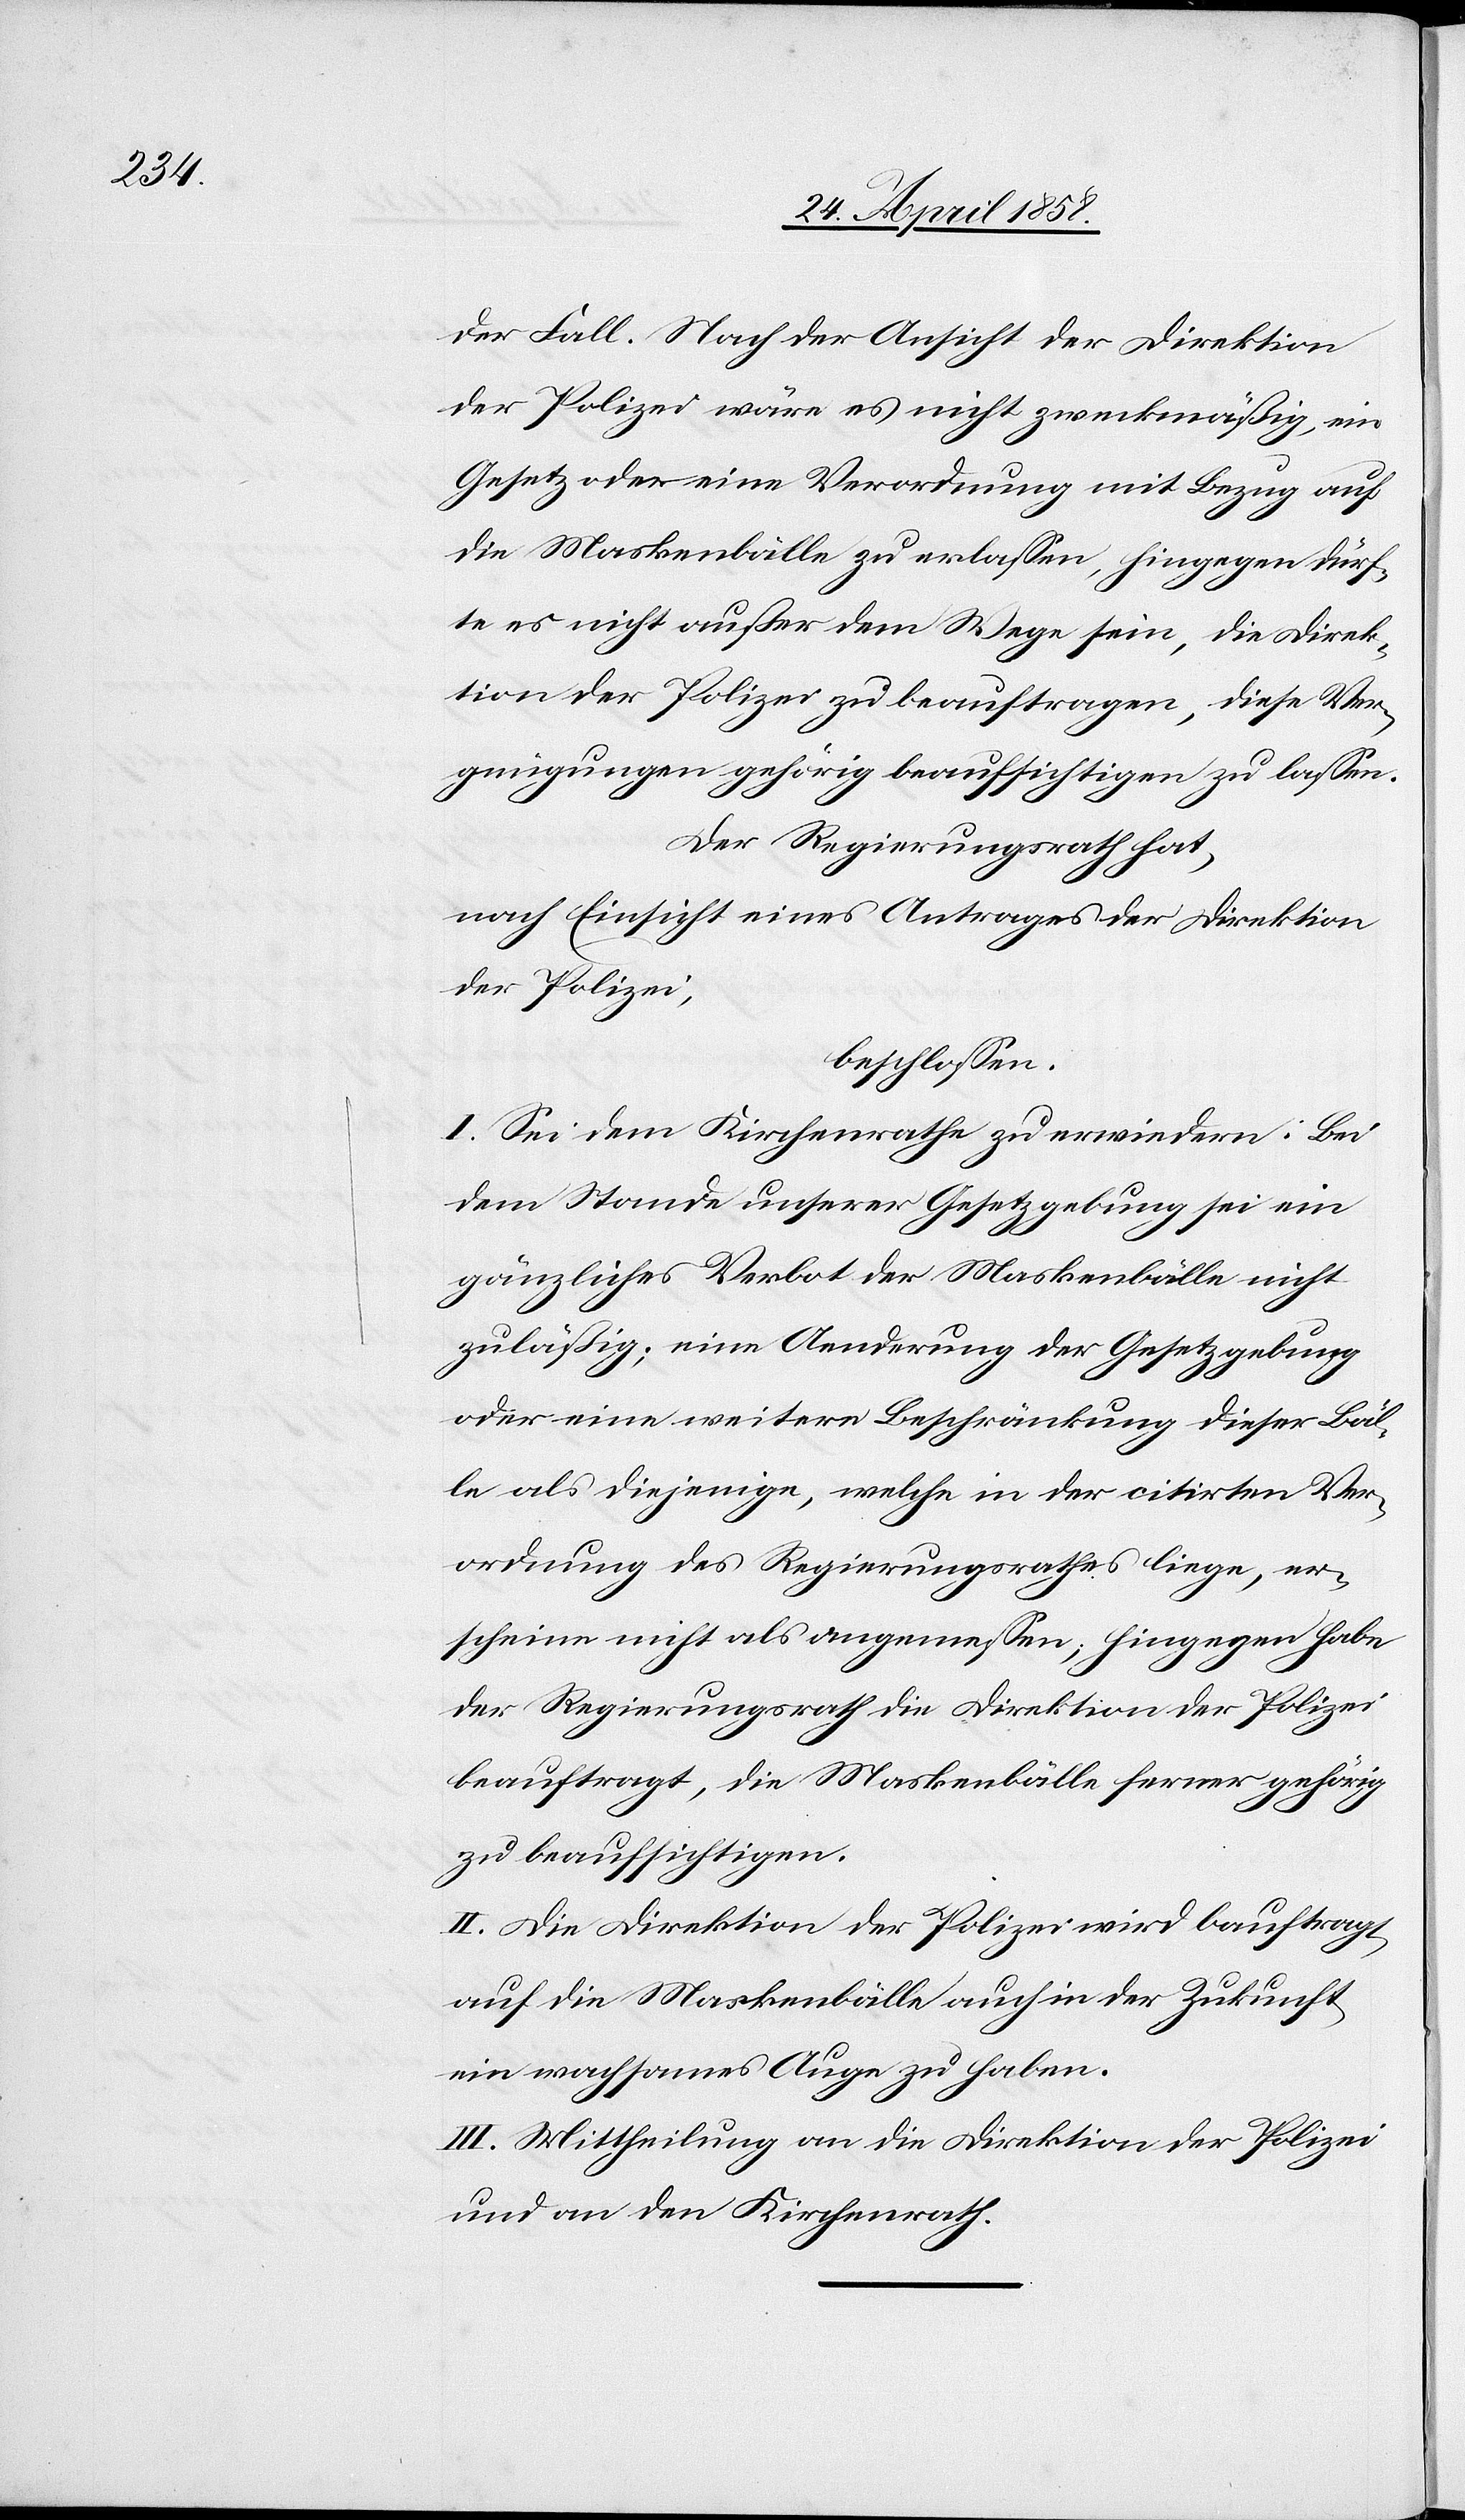
der Fall. Nach der Ansicht der Direktion
der Polizei wäre es nicht zweckmäßig, ein
Gesetz oder eine Verordnung mit Bezug auf
die Maskenbälle zu erlassen, hingegen dürf¬
te es nicht außer dem Wege sein, die Direk¬
tion der Polizei zu beauftragen, diese Ver¬
gnügungen gehörig beaufsichtigen zu lassen.
Der Regierungsrath hat,
nach Einsicht eines Antrages der Direktion
der Polizei,
beschlossen:
I. Sei dem Kirchenrathe zu erwiedern: Bei
dem Stande unserer Gesetzgebung sei ein
gänzliches Verbot der Maskenbälle nicht
zuläßig; eine Aenderung der Gesetzgebung
oder eine weitere Beschränkung dieser Bäl¬
le als diejenige, welche in der citirten Ver¬
ordnung des Regierungsrathes liege, er¬
scheine nicht als angemessen, hingegen habe
der Regierungsrath die Direktion der Polizei
beauftragt, die Maskenbälle ferner gehörig
zu beaufsichtigen.
II. Die Direktion der Polizei wird beauftragt,
auf die Maskenbälle auch in der Zukunft
ein wachsames Auge zu haben.
III. Mittheilung an die Direktion der Polizei
und an den Kirchenrath.